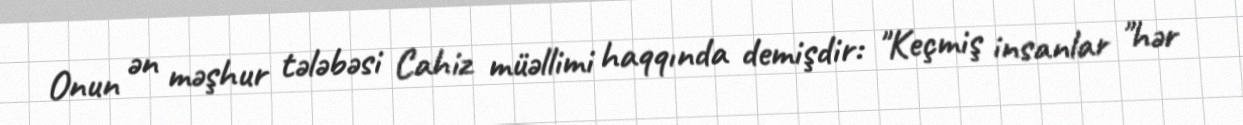
Onun ən məşhur tələbəsi Cahiz müəllimi haqqında demişdir: "Keçmiş insanlar "hər